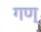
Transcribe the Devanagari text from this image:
गण्